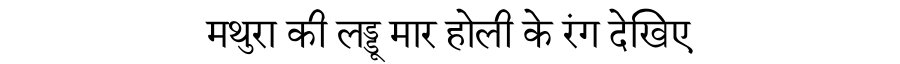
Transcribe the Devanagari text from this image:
मथुरा की लड्डू मार होली के रंग देखिए